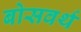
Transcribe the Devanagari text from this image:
बोसवर्थ